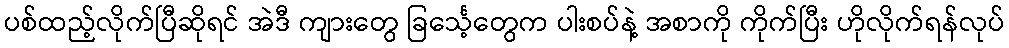
ပစ်ထည့်လိုက်ပြီဆိုရင် အဲဒီ ကျားတွေ ခြင်္သေ့တွေက ပါးစပ်နဲ့ အစာကို ကိုက်ပြီး ဟိုလိုက်ရန်လုပ်